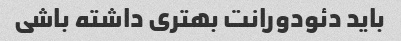
باید دئودورانت بهتری داشته باشی